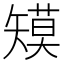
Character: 𰦞